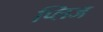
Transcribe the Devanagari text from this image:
प्लिज